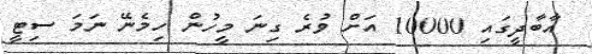
އާބާދީގައި 10000 އަށް ވުރެ ގިނަ މީހުން ހިމެނޭ ނަމަ ސިޓީ